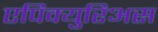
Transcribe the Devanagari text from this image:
एपिक्युरिअस